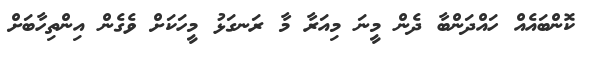
ކޮންބައެއް ހައްދަންބާ ދެން މީނަ މިއަރާ މާ ރަނގަޅު މީހަކަށް ވެގެން އިންތިހާބަށް